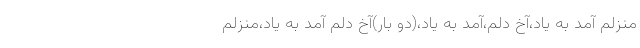
منزلم آمد به یاد،آخ دلم،آمد به یاد،(دو بار)آخ دلم آمد به یاد،منزلم